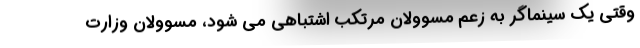
وقتی یک سینماگر به زعم مسوولان مرتکب اشتباهی می شود، مسوولان وزارت